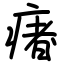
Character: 瘏